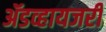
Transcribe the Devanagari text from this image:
ॲडव्हायजरी